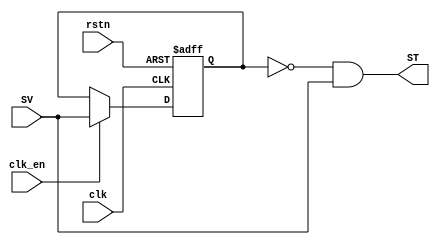
//---------------------------------
// 18-inputs Transition Detector
// Version 1.6
//---------------------------------

module Tran_Det18(SV, ST, clk, clk_en, rstn);

//----------------------------------
// SV: Input SV Vector;
// ST: Output Transition Vector;
// clk: input clock;
// rstn: rest signal, 0 enable rest;
//----------------------------------

input [17:0] SV;
input clk, clk_en, rstn;
output [17:0] ST;

wire [17:0] ms2;
wire [17:0] ms1;
reg  [17:0] ms0;

// 
always @(posedge clk or negedge rstn) begin
	if(rstn==0)begin
		ms0<=18'b0;
	end
	else if(clk_en)begin
		ms0<=SV;
	end
	else begin
		ms0<=ms0;
	end
end
// Output
assign ms1 = ~ms0;
assign ST = ms1 & SV;

endmodule